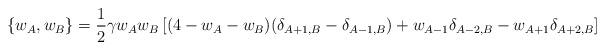
LaTeX: \begin{align*}\left \{w_{A}, w_{B} \right \} = \frac{1}{2} \gamma w_{A}w_{B} \left [ (4 -w_{A} - w_{B})(\delta_{A+1,B} - \delta_{A-1,B}) + w_{A-1}\delta_{A-2,B}-w_{A+1}\delta_{A+2,B} \right ]\end{align*}